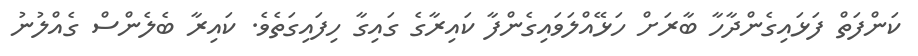
ކަންފަތް ފަޅައިގެންދާހާ ބާރަށް ހަޅޭއްލަވައިގެންފާ ކައިރާގެ ގައިގާ ހިފައިގަތެވެ. ކައިރާ ބެލެންސް ގެއްލުނު